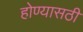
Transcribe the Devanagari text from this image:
होण्यासठी